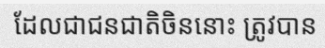
ដែលជាជនជាតិចិននោះ ត្រូវបាន